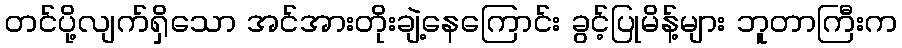
တင်ပို့လျက်ရှိသော အင်အားတိုးချဲ့နေကြောင်း ခွင့်ပြုမိန့်များ ဘူတာကြီးက